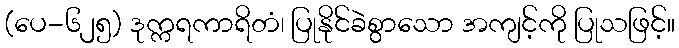
(ပေ-၆၂၅) ဒုက္ကရကာရိတံ၊ ပြုနိုင်ခဲစွာသော အကျင့်ကို ပြုသဖြင့်။